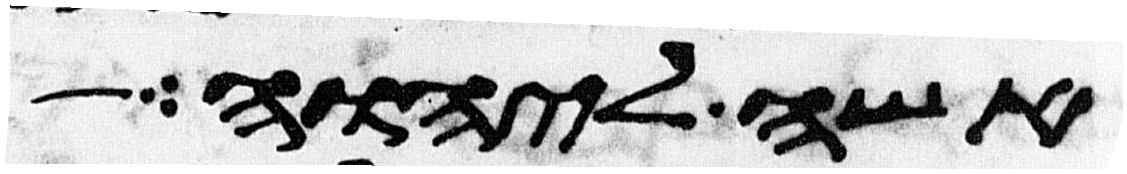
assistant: אשה ליהוה